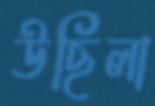
উছিলা